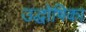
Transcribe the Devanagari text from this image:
उद्धोषिका